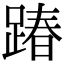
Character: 踳